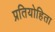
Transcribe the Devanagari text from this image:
प्रतियोहिता